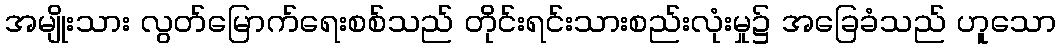
အမျိုးသား လွတ်မြောက်ရေးစစ်သည် တိုင်းရင်းသားစည်းလုံးမှု၌ အခြေခံသည် ဟူသော